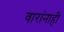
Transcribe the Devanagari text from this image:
वारांनाही